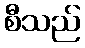
စီသည်